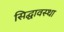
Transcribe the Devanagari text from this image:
सिद्घावस्था